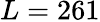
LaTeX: L=261